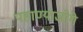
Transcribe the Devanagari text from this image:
पहाण्याजोगे